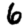
Digit: 6